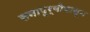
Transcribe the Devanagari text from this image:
सनापूर्वीपासून